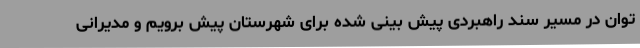
توان در مسیر سند راهبردی پیش بینی شده برای شهرستان پیش برویم و مدیرانی